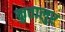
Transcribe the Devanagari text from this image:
कुतालुर